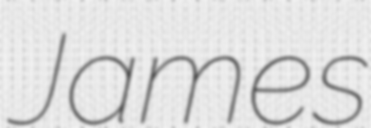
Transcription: James